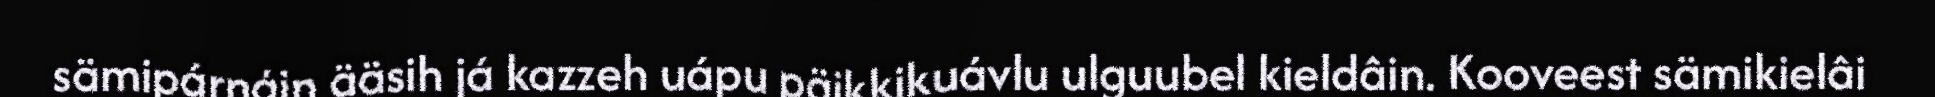
sämipárnáin ääsih já kazzeh uápu päikkikuávlu ulguubel kieldâin. Kooveest sämikielâi